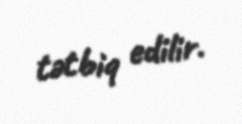
tətbiq edilir.